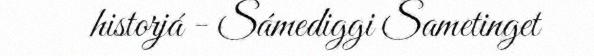
historjá - Sámediggi Sametinget